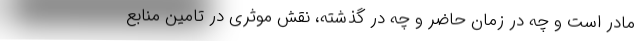
مادر است و چه در زمان حاضر و چه در گذشته، نقش موثری در تامین منابع